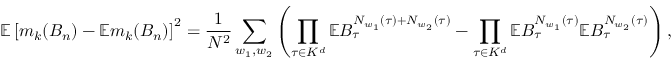
\mathbb { E } \left[ m _ { k } ( B _ { n } ) - \mathbb { E } m _ { k } ( B _ { n } ) \right] ^ { 2 } = \frac { 1 } { N ^ { 2 } } \sum _ { w _ { 1 } , w _ { 2 } } \left( \prod _ { \tau \in K ^ { d } } \mathbb { E } B _ { \tau } ^ { N _ { w _ { 1 } } ( \tau ) + N _ { w _ { 2 } } ( \tau ) } - \prod _ { \tau \in K ^ { d } } \mathbb { E } B _ { \tau } ^ { N _ { w _ { 1 } } ( \tau ) } \mathbb { E } B _ { \tau } ^ { N _ { w _ { 2 } } ( \tau ) } \right) ,